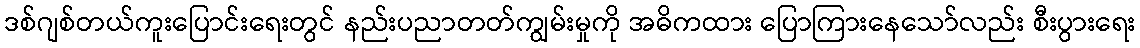
ဒစ်ဂျစ်တယ်ကူးပြောင်းရေးတွင် နည်းပညာတတ်ကျွမ်းမှုကို အဓိကထား ပြောကြားနေသော်လည်း စီးပွားရေး